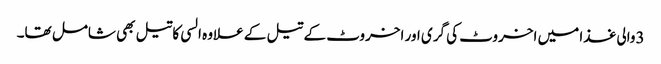
3والی غذا میں اخروٹ کی گری اور اخروٹ کے تیل کے علاوہ السی کاتیل بھی شامل تھا۔